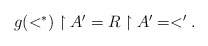
\begin{align*}\textstyle g(<^*)\upharpoonright A'= R\upharpoonright A'=<'.\end{align*}